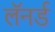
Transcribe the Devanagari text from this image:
लॅनर्ड